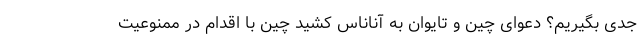
جدی بگیریم؟ دعوای چین و تایوان به آناناس کشید چین با اقدام در ممنوعیت